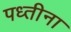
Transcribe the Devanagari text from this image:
पध्तीना